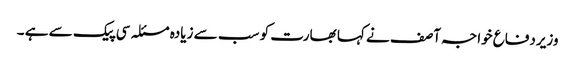
وزیردفاع خواجہ آصف نے کہا بھارت کو سب سے زیادہ مسئلہ سی پیک سے ہے ۔